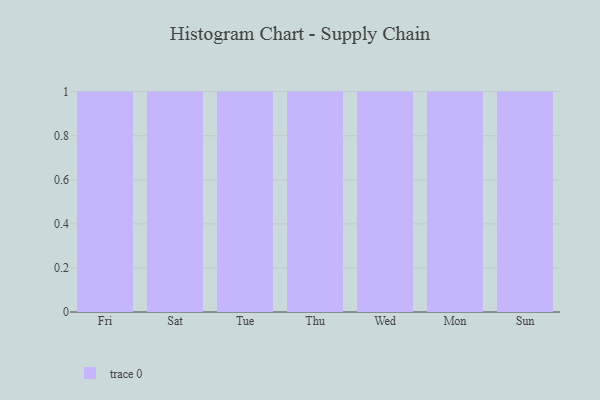
{"axis": {"x": "Day", "y": "Energy Usage (MWh)"}, "legend": [""], "data": [{"x": "Fri", "y": 32, "type": ""}, {"x": "Sat", "y": 35, "type": ""}, {"x": "Tue", "y": 85, "type": ""}, {"x": "Thu", "y": 89, "type": ""}, {"x": "Wed", "y": 68, "type": ""}, {"x": "Mon", "y": 71, "type": ""}, {"x": "Sun", "y": 31, "type": ""}]}